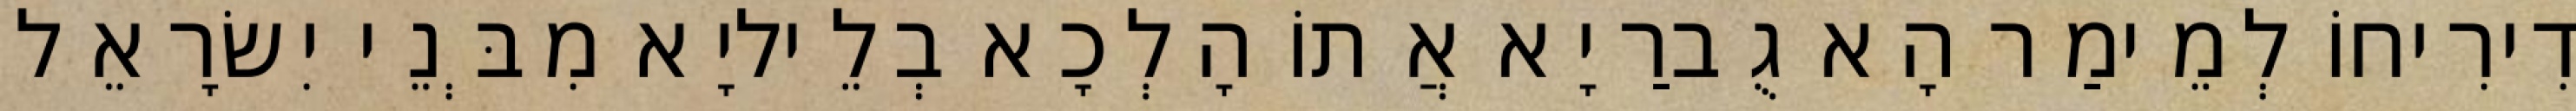
דִירִיחוֹ לְמֵימַר הָא גֻברַיָא אֲתוֹ הָלְכָא בְלֵיליָא מִבְּנֵי יִשׂרָאֵל